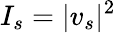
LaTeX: I_{s}=|v_{s}|^{2}